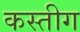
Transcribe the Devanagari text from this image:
कस्तीग